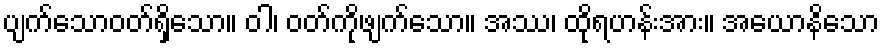
ပျက်သောဝတ်ရှိသော။ ဝါ၊ ဝတ်ကိုဖျက်သော။ အဿ၊ ထိုရဟန်းအား။ အယောနိသော